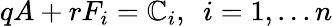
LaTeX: qA+rF_{i}=\mathbb{C}_{i},~~i=1,...n